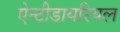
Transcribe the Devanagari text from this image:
ऐन्टीडायरियल